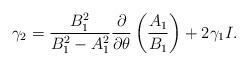
LaTeX: \begin{align*}\gamma_2=\frac{B^2_1}{B_1^2-A^2_1}\frac{\partial }{\partial\theta}\left (\frac{A_1}{ B_1}\right )+2\gamma_1 I.\end{align*}